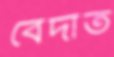
বেদাত